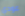
عودي